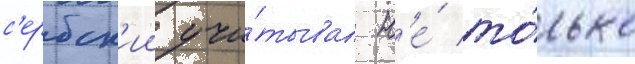
с'ербск'ии учи́тывал н'е́ то́лько